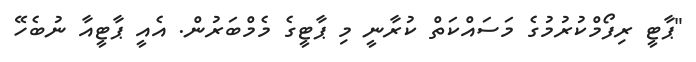
"ޕާޓީ ރިފޯމްކުރުމުގެ މަސައްކަތް ކުރާނީ މި ޕާޓީގެ މެމްބަރުން. އެއީ ޕާޓީއާ ނުބެހޭ